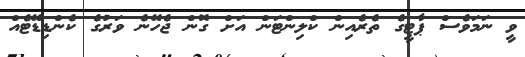
ވީ ނަމަވެސް ޕާޓީގެ ތެރެއިން ކްލިންޓަން އަށް ގޮން ޖެހޭނެ ވަރުގެ ކެންޑިޑޭޓެއް